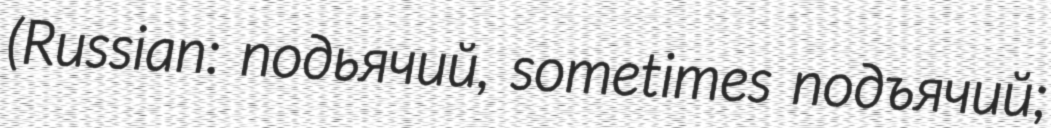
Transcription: (Russian: подьячий, sometimes подъячий;